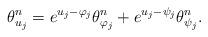
LaTeX: \begin{align*} \theta_{u_j}^n = e^{u_j-\varphi_j} \theta_{\varphi_j}^n + e^{u_j-\psi_j} \theta_{\psi_j}^n. \end{align*}